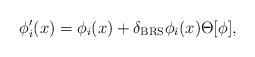
LaTeX: \begin{align*}\phi^\prime_i(x)=\phi_i(x)+\delta_{\rm BRS}\phi_i(x)\Theta[\phi],\end{align*}